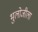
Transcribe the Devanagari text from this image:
भुलोजीला